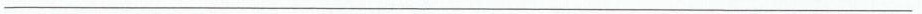
___